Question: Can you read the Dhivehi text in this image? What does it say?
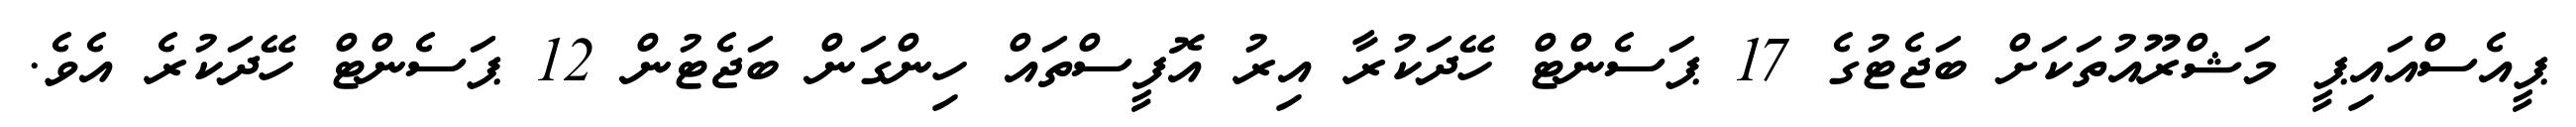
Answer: ޕީއެސްއައިޕީ މަޝްރޫއުތަކަށް ބަޖެޓުގެ 17 ޕަސެންޓް ހޭދަކުރާ އިރު އޮފީސްތައް ހިންގަން ބަޖެޓުން 12 ޕަސެންޓް ހޭދަކުރެ އެވެ.